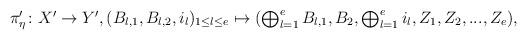
LaTeX: \begin{align*}\textstyle\pi_{\eta}'\colon X'\to Y', (B_{l,1},B_{l,2},i_{l})_{1\le l\le e}\mapsto (\bigoplus_{l=1}^{e}B_{l,1},B_{2},\bigoplus_{l=1}^{e}i_{l},Z_{1},Z_{2},...,Z_{e}),\end{align*}